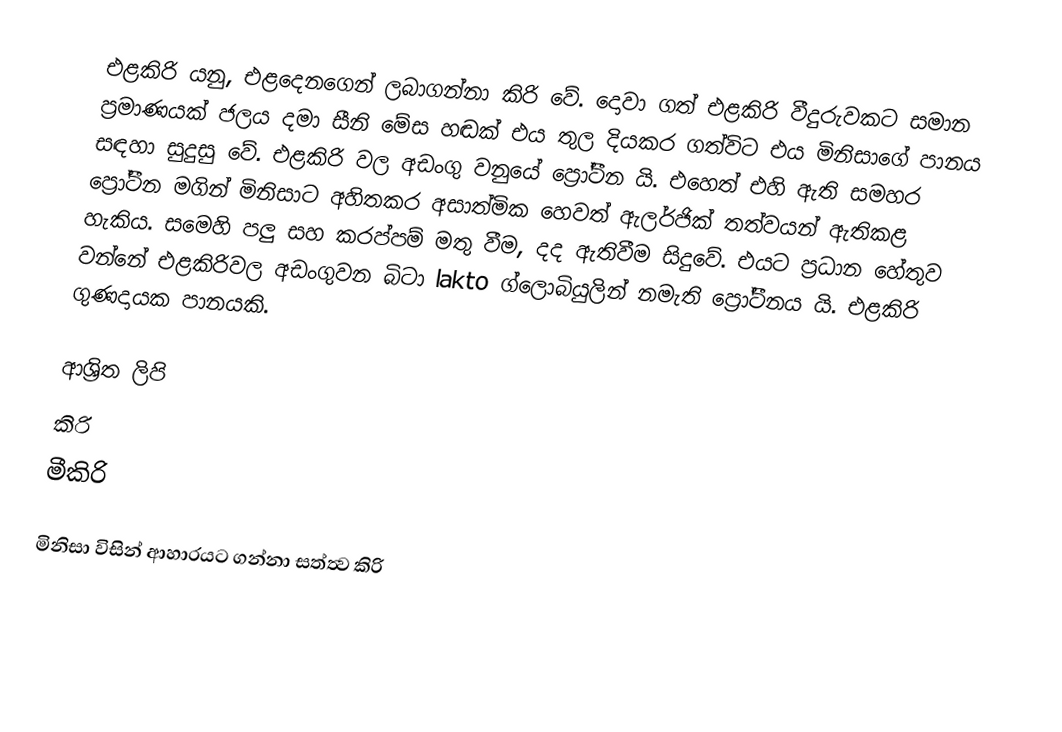
එළකිරි යනු, එළදෙනගෙන් ලබාගන්නා කිරි වේ. දොවා ගත් එළකිරි වීදුරුවකට සමාන ප්‍රමාණයක් ජලය දමා සීනි මේස හඬක් එය තුල දියකර ගත්විට එය මිනිසාගේ පානය සඳහා සුදුසු වේ. එළකිරි වල අඩංගු වනුයේ ප්‍රෝටීන යි. එහෙත් එහි ඇති සමහර ප්‍රෝටීන මගින් මිනිසාට අහිතකර අසාත්මික හෙවත් ඇලර්ජික් තත්වයන් ඇතිකළ හැකිය. සමෙහි පලු සහ කරප්පම් මතු වීම, දද ඇතිවීම සිදුවේ. එයට ප්‍රධාන හේතුව වන්නේ එළකිරිවල අඩංගුවන බිටා lakto ග්ලොබියුලින් නමැති ප්‍රෝටීනය යි. එළකිරි ගුණදායක පානයකි.

ආශ්‍රිත ලිපි
කිරි
මීකිරි

මිනිසා විසින් ආහාරයට ගන්නා සත්ත්‍ව කිරි